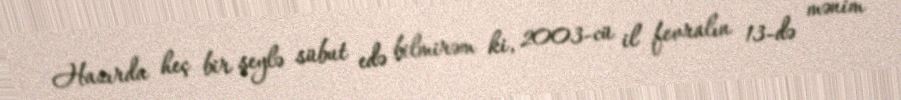
Hazırda heç bir şeylə sübut edə bilmirəm ki, 2003-cü il fevralın 13-də mənim